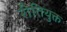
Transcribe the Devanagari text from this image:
रीतियुक्त